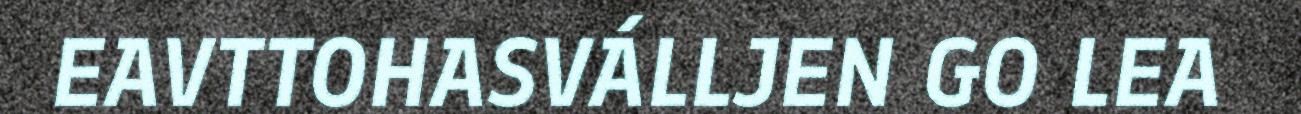
EAVTTOHASVÁLLJEN GO LEA